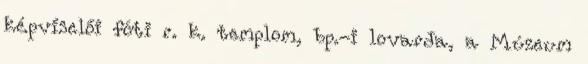
képviselői fóti r. k. templom, bp.-i lovarda, a Múzeum